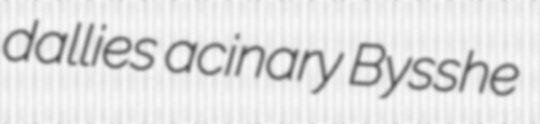
dallies acinary Bysshe